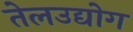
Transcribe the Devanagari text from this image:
तेलउद्योग